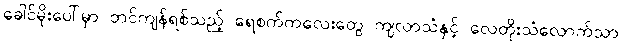
ခေါင်မိုးပေါ်မှာ တင်ကျန်ရစ်သည့် ရေစက်ကလေးတွေ ကျလာသံနှင့် လေတိုးသံလောက်သာ